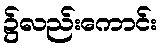
၌လည်းကောင်း